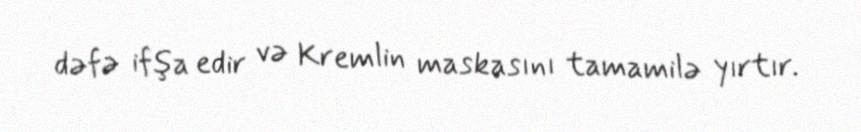
dəfə ifşa edir və Kremlin maskasını tamamilə yırtır.